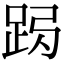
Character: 𨀇